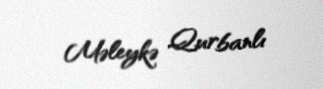
Məleykə Qurbanlı